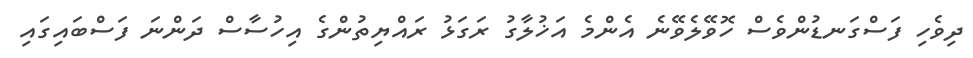
ދިވެހި ފަސްގަނޑުންވެސް ހޮވޭލެވޭނެ އެންމެ އަޚުލާގު ރަގަޅު ރައްޔިތުންގެ އިހުސާސް ދަންނަ ފަސްބައިގައި